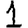
Digit: 1